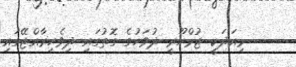
މިއަދަކީ ޖުމްހޫރީ ދުވަހުގެ ގޮތުގައި ދިވެހިރާއްޖޭގައި